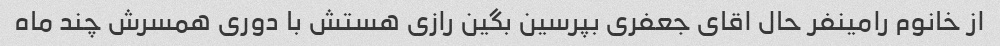
از خانوم رامینفر حال اقای جعفری بپرسین بگین رازی هستش با دوری همسرش چند ماه